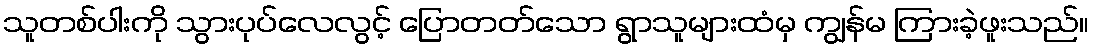
သူတစ်ပါးကို သွားပုပ်လေလွင့် ပြောတတ်သော ရွာသူများထံမှ ကျွန်မ ကြားခဲ့ဖူးသည်။